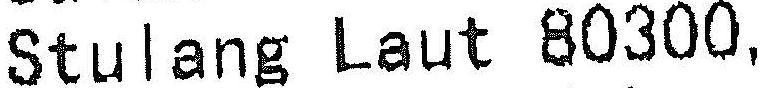
STULANG LAUT 80300,